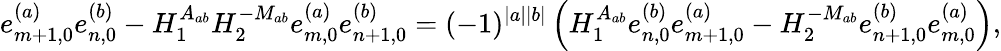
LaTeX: e_{m+1,0}^{(a)}e_{n,0}^{(b)}-H_{1}^{A_{ab}}H_{2}^{-M_{ab}}e_{m,0}^{(a)}e_{n+1,0}^{(b)}=(-1)^{|a||b|}\left(H_{1}^{A_{ab}}e_{n,0}^{(b)}e_{m+1,0}^{(a)}-H_{2}^{-M_{ab}}e_{n+1,0}^{(b)}e_{m,0}^{(a)}\right),